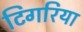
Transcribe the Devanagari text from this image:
टिगरिया